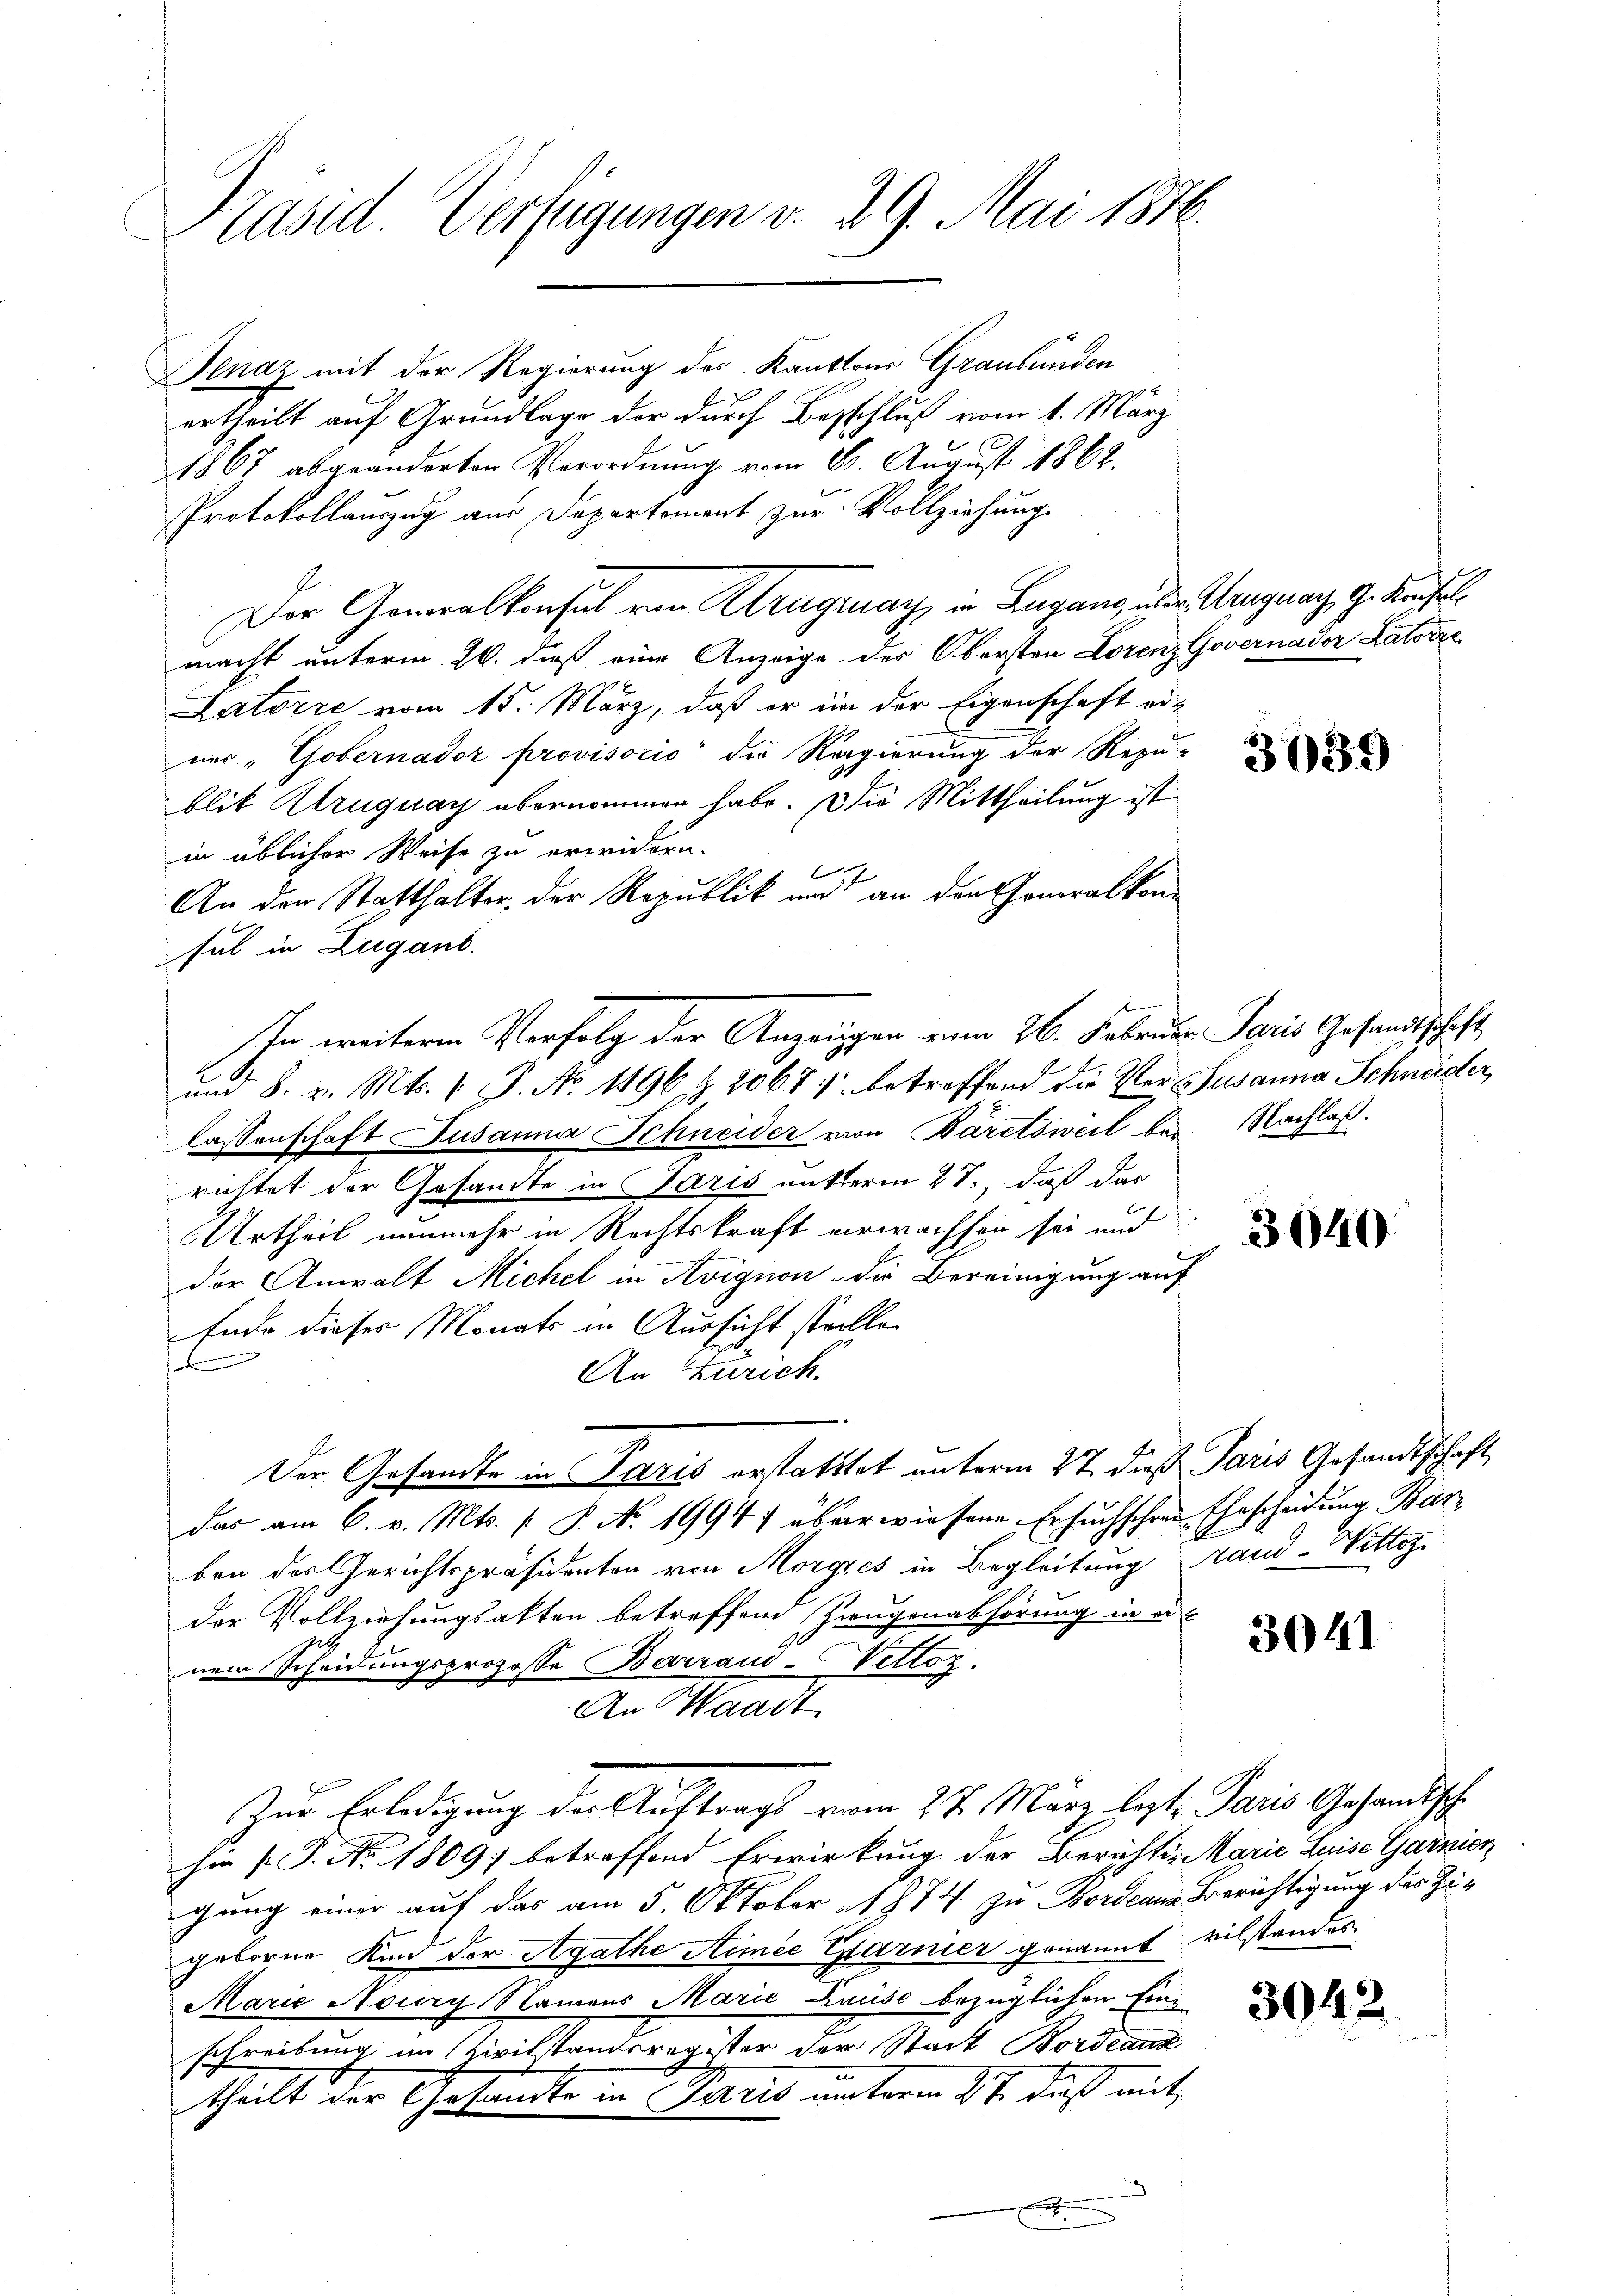
Präsid. Verfügungen v. 29. Mai 1846.

Genaz mit der Regierung des Kantons Graubünden
ertheilt auf Grundlage der durch Beschluß vom 1. März
1867 abgeänderten Verordnung vom 23. August 1862.
Protokollauszug aus Departement zur Vollziehung
Der Generalkonsul von Kruguay in Lugang, über Kruguay, G. Konsuls
macht unterm 26. dieß eine Anzeige der Obersten Lorenz Governador Latorze
Latoire vom 15. März, daß er in der Eigenschaft er-
uns, Gobernador provisorio die Regierung der Repu-
blit Alruguay übernommen habe. Die Mittheilung ist
in üblicher Weise zu erwidern.
x
An der Statthalter, der Republik und an den Generalkonsul in Lugano.
um 8. v. Mts. 1. P. No 1196 & 2067) betreffend die Ver- Susanna Schneider,
lassenschaft Susanna Schneider von Bäretsweil bei Nachlaß.
richtet der Gesandte in Paris mitterm 27., daß das
Urtheil nunmehr in Rechtskraft erwachher sei und
der Anwalt Michel in Avignon die Bereinigung auf
Endo dieses Monats in Aussicht stelle.
d
An Zürich.
Der Gesandte in Paris erstatttet unterm 27. dieß Paris Gesandtschaft
das am 6. v. Mts. f. P. Nr. 1994 überwiesene Ersuchschrei Ehescheidung Barben des Gerichtspräsidenten von Morges in Begleitung fand-Wittes
der Vollziehungsakten betreffend Zeugenabhörung in einem Scheidungsprozesse Barraus-Vettoz.
An Waadt.
Zur Erledigung der Auftrags vom 27. März legt. Paris Gesandtsch
hir (S. No. 1809) betreffend Erwirkung der Berichtes Marie Luise Garnien
gung einer auf das am 5. Oktober 1874 zu Bordeaus Berichtigung der Zugeborene Kind der Agathe Armee Garnier genannt vilstandes
Marie Noury Namens Marie Hause bezüglichen Ein¬
|
schreibung im Zivilstandsregister der Stadt Bordeaux
theilt der Gesandte in Paris unterm 27. daß mit

In weiteren Verfolg der Anzeigen vom 26. Februar Paris Gesandtschaft

3039

3040

3041

3042